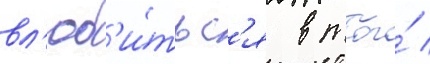
вл'юб'и́тьс'я в того́ /